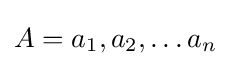
A={a_{1},a_{2},\ldots a_{n}}